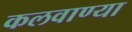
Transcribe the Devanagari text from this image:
कलवाण्या